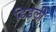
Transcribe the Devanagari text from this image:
डिडली